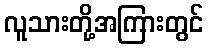
လူသားတို့အကြားတွင်